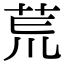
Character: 𫟎